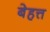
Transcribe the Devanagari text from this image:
बेहत्त